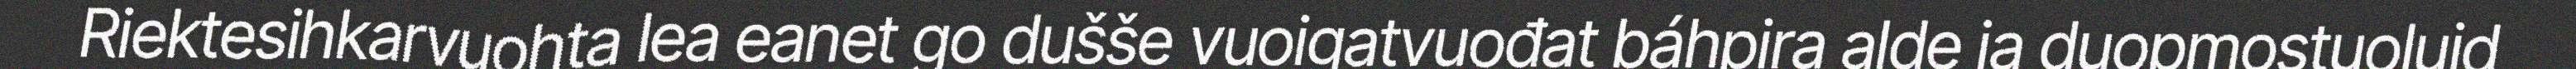
Riektesihkarvuohta lea eanet go dušše vuoigatvuođat báhpira alde ja duopmostuoluid